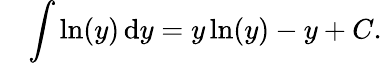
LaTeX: \quad\int\ln(y)\, \mathrm{d}y=y\ln(y)-y+C.